Medical and sanitary report of the native army of Madras for the year
Year: 1876
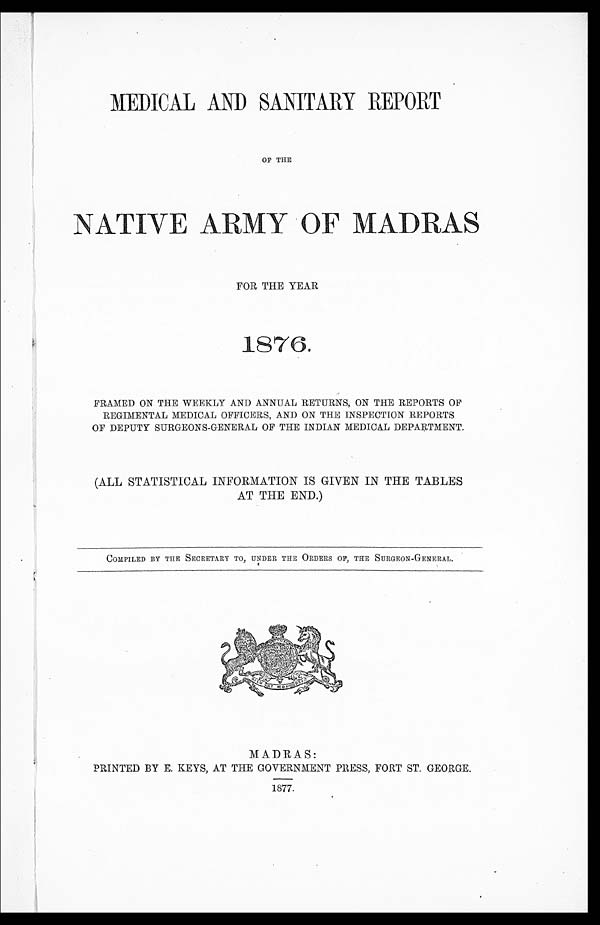
MEDICAL AND SANITARY REPORT
OF THE
NATIVE ARMY OF MADRAS
FOR THE YEAR
1876. F R A M E D O N T H E W E E K L Y A N D A N N U A L R E T U R N S , O N T H E R E P O R T S O F R E G I M E N T A L M E D I C A L O F F I C E R S , A N D O N T H E I N S P E C T I O N S R E P O R T S O F D E P U T Y S U R G E O N S - G E N E R A L O F T H E I N D I A N M E D I C A L D E P A R T M E N T .
( A L L S T A T I S T I C A L I N F O R MA T I O N I S G I V E N I N T H E T A B L E S A T T H E E N D . )
C O M P I L E D B Y T H E S E C R E T A R Y T O , U N D E R T H E O R D E R S O F , T H E S U R G E O N - G E N E R A L .
MADRAS:
PRINTED BY E. KEYS, AT THE GOVERNMENT PRESS, FORT ST. GEORGE.
1877.